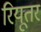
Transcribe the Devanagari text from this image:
रियूतर